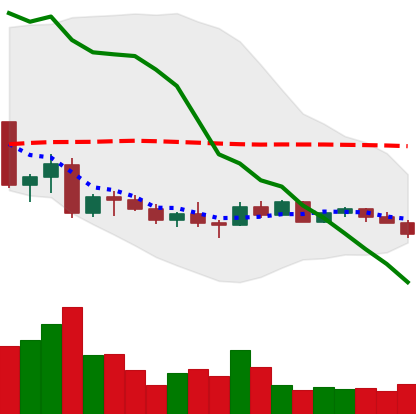
Ticker: EOS-USD
Chart end date: 2022-10-07
Forward return: -7.302%
Label: down_7plus